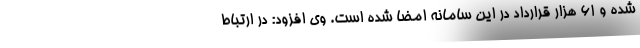
شده و ۶۱ هزار قرارداد در این سامانه امضا شده است. وی افزود: در ارتباط